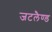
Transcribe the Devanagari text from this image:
जटलैण्ड